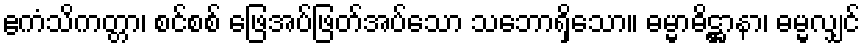
ဧကံသိကတ္တာ၊ စင်စစ် ဖြေအပ်ဖြတ်အပ်သော သဘောရှိသော။ ဓမ္မာဓိဋ္ဌာနာ၊ ဓမ္မလျှင်